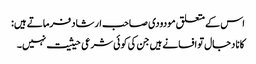
اس کے متعلق مودودی صاحب ارشاد فرماتے ہیں:
کانا دجال تو افسانے ہیں جن کی کوئی شرعی حیثیت نہیں۔